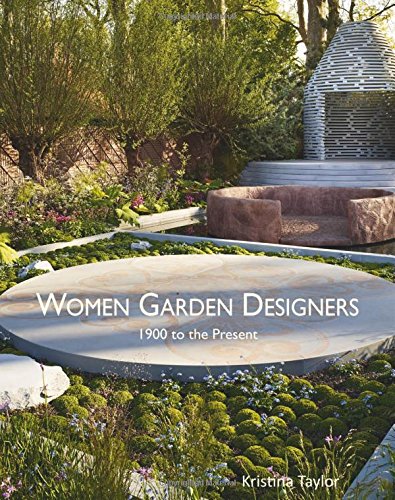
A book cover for Women Garden Designers: 1900 to the Present; Kristina Taylor; Crafts, Hobbies & Home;